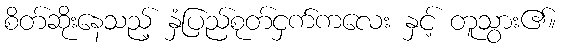
စိတ်ဆိုးနေသည့် နှံပြည်စုတ်ငှက်ကလေး နှင့် တူသွား၏။